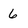
Character: 6